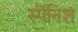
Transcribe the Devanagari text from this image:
स्पॆनिश